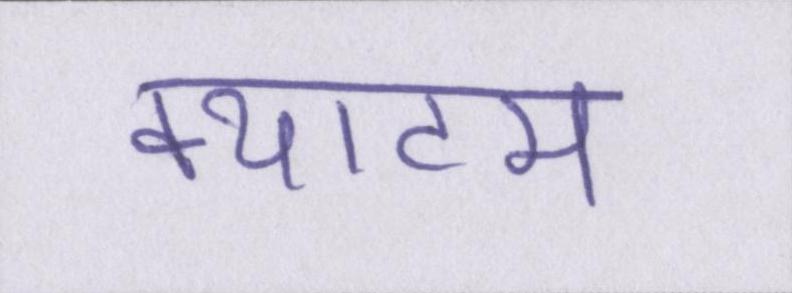
क्याटम